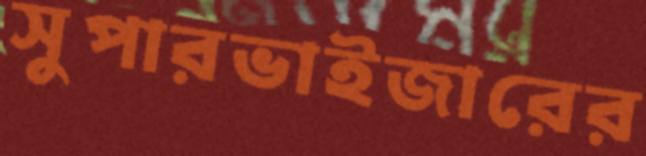
সুপারভাইজারের